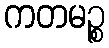
ကတမဉ္စ